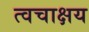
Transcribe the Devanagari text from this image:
त्वचाक्षय